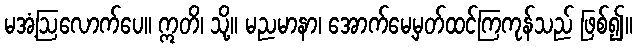
မအံ့ဩလောက်ပေ။ ဣတိ၊ သို့။ မညမာနာ၊ အောက်မေ့မှတ်ထင်ကြကုန်သည် ဖြစ်၍။